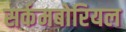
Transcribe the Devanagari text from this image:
सर्कमबोरियल